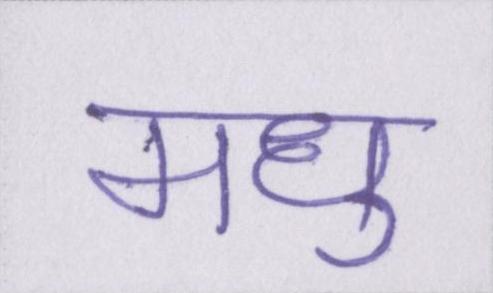
मधु